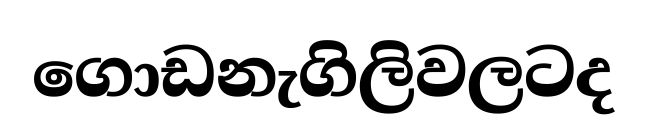
ගොඩනැගිලිවලටද